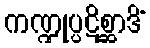
ကဏ္ဍုပ္ပဋိစ္ဆာဒိံ